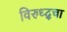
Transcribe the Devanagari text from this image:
विरुध्द्चा